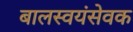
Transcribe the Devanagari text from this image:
बालस्वयंसेवक